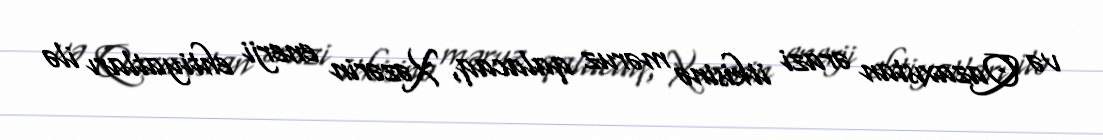
və Qazaxıstan ərazi itkisinə məruz qalacaq, Xəzərin enerji ehtiyatları ilə